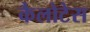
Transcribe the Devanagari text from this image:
कैलोटेस